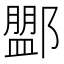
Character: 𨞞